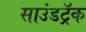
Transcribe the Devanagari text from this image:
साउंडट्रॅक